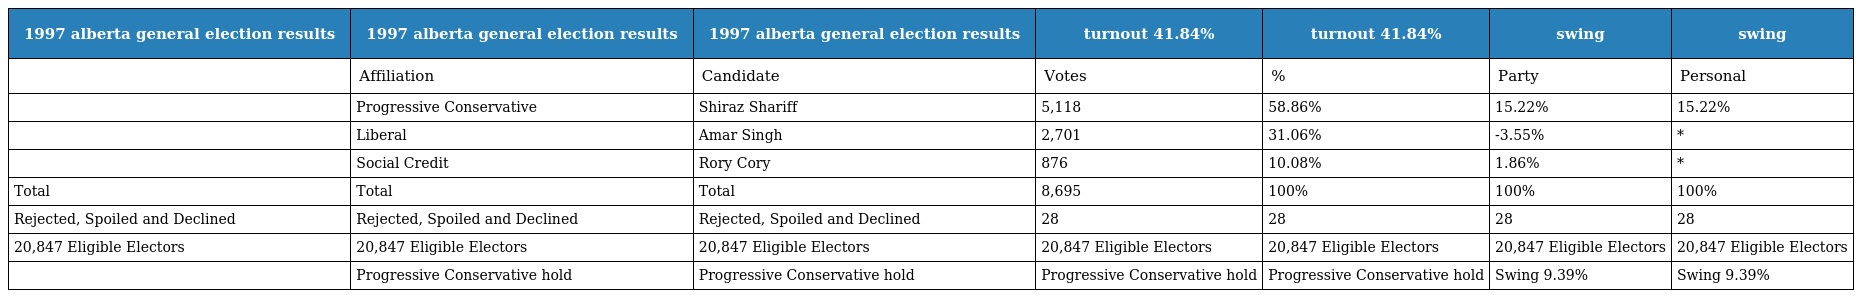
| 1997 alberta general election results | 1997 alberta general election results | 1997 alberta general election results | turnout 41.84% | turnout 41.84% | swing | swing |
 | --- | --- | --- | --- | --- | --- | --- |
 |  | Affiliation | Candidate | Votes | % | Party | Personal |
 |  | Progressive Conservative | Shiraz Shariff | 5,118 | 58.86% | 15.22% | 15.22% |
 |  | Liberal | Amar Singh | 2,701 | 31.06% | -3.55% | * |
 |  | Social Credit | Rory Cory | 876 | 10.08% | 1.86% | * |
 | Total | Total | Total | 8,695 | 100% | 100% | 100% |
 | Rejected, Spoiled and Declined | Rejected, Spoiled and Declined | Rejected, Spoiled and Declined | 28 | 28 | 28 | 28 |
 | 20,847 Eligible Electors | 20,847 Eligible Electors | 20,847 Eligible Electors | 20,847 Eligible Electors | 20,847 Eligible Electors | 20,847 Eligible Electors | 20,847 Eligible Electors |
 |  | Progressive Conservative hold | Progressive Conservative hold | Progressive Conservative hold | Progressive Conservative hold | Swing 9.39% | Swing 9.39% |